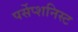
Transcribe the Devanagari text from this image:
पर्सेप्शनिस्ट